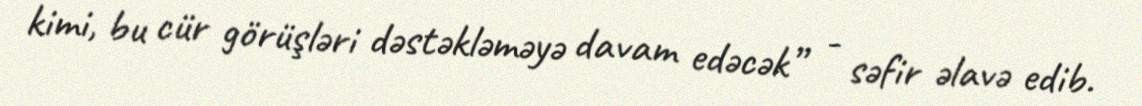
kimi, bu cür görüşləri dəstəkləməyə davam edəcək” - səfir əlavə edib.